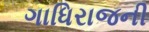
ગાધિરાજની